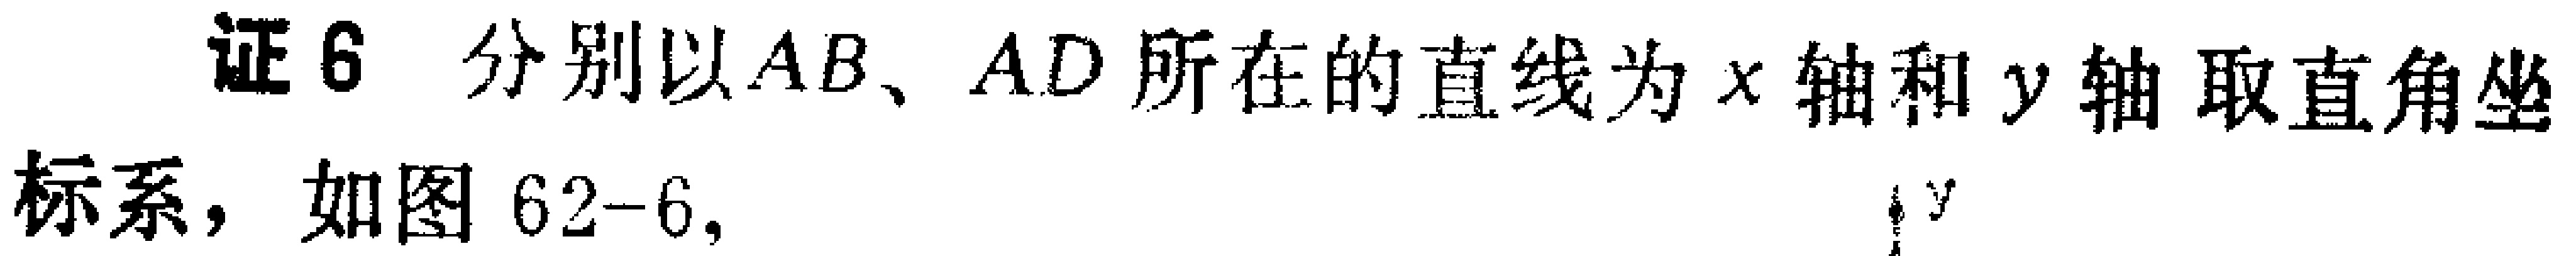
证6 分别以\(AB\)、\(AD\)所在的直线为\(x\)轴和\(y\)轴取直角坐标系，如图62 - 6，